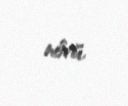
növü.